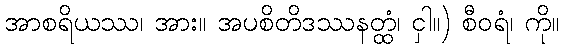
အာစရိယဿ၊ အား။ အပစိတိဒဿနတ္ထံ၊ ငှါ။) စီဝရံ၊ ကို။